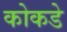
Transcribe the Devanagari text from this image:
कोकडे